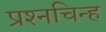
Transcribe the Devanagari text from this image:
प्रश्‍नचिन्ह